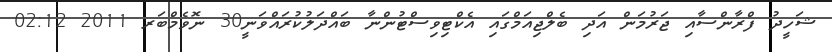
ޝަހީދު ފްރާންސާއި ޖަރުމަން އަދި ބެލްޖިއަމްގައި އެކްޓިވިސްޓުންނާ ބައްދަލުކުރައްވަނީ30 ނޮވެމްބަރ 2011 02:12